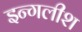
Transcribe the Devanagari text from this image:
इन्गलीश